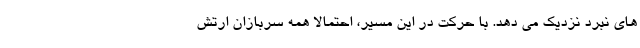
های نبرد نزدیک می دهد. با حرکت در این مسیر، احتمالا همه سربازان ارتش